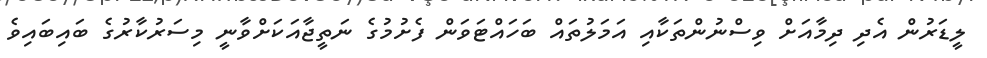
ލީޑަރުން އެދި ދިމާއަށް ވިސްނުންތަކާއި އަމަލުތައް ބަހައްޓަވަން ފެށުމުގެ ނަތީޖާއަކަށްވާނީ މިސަރުކާރުގެ ބައިބައިވެ